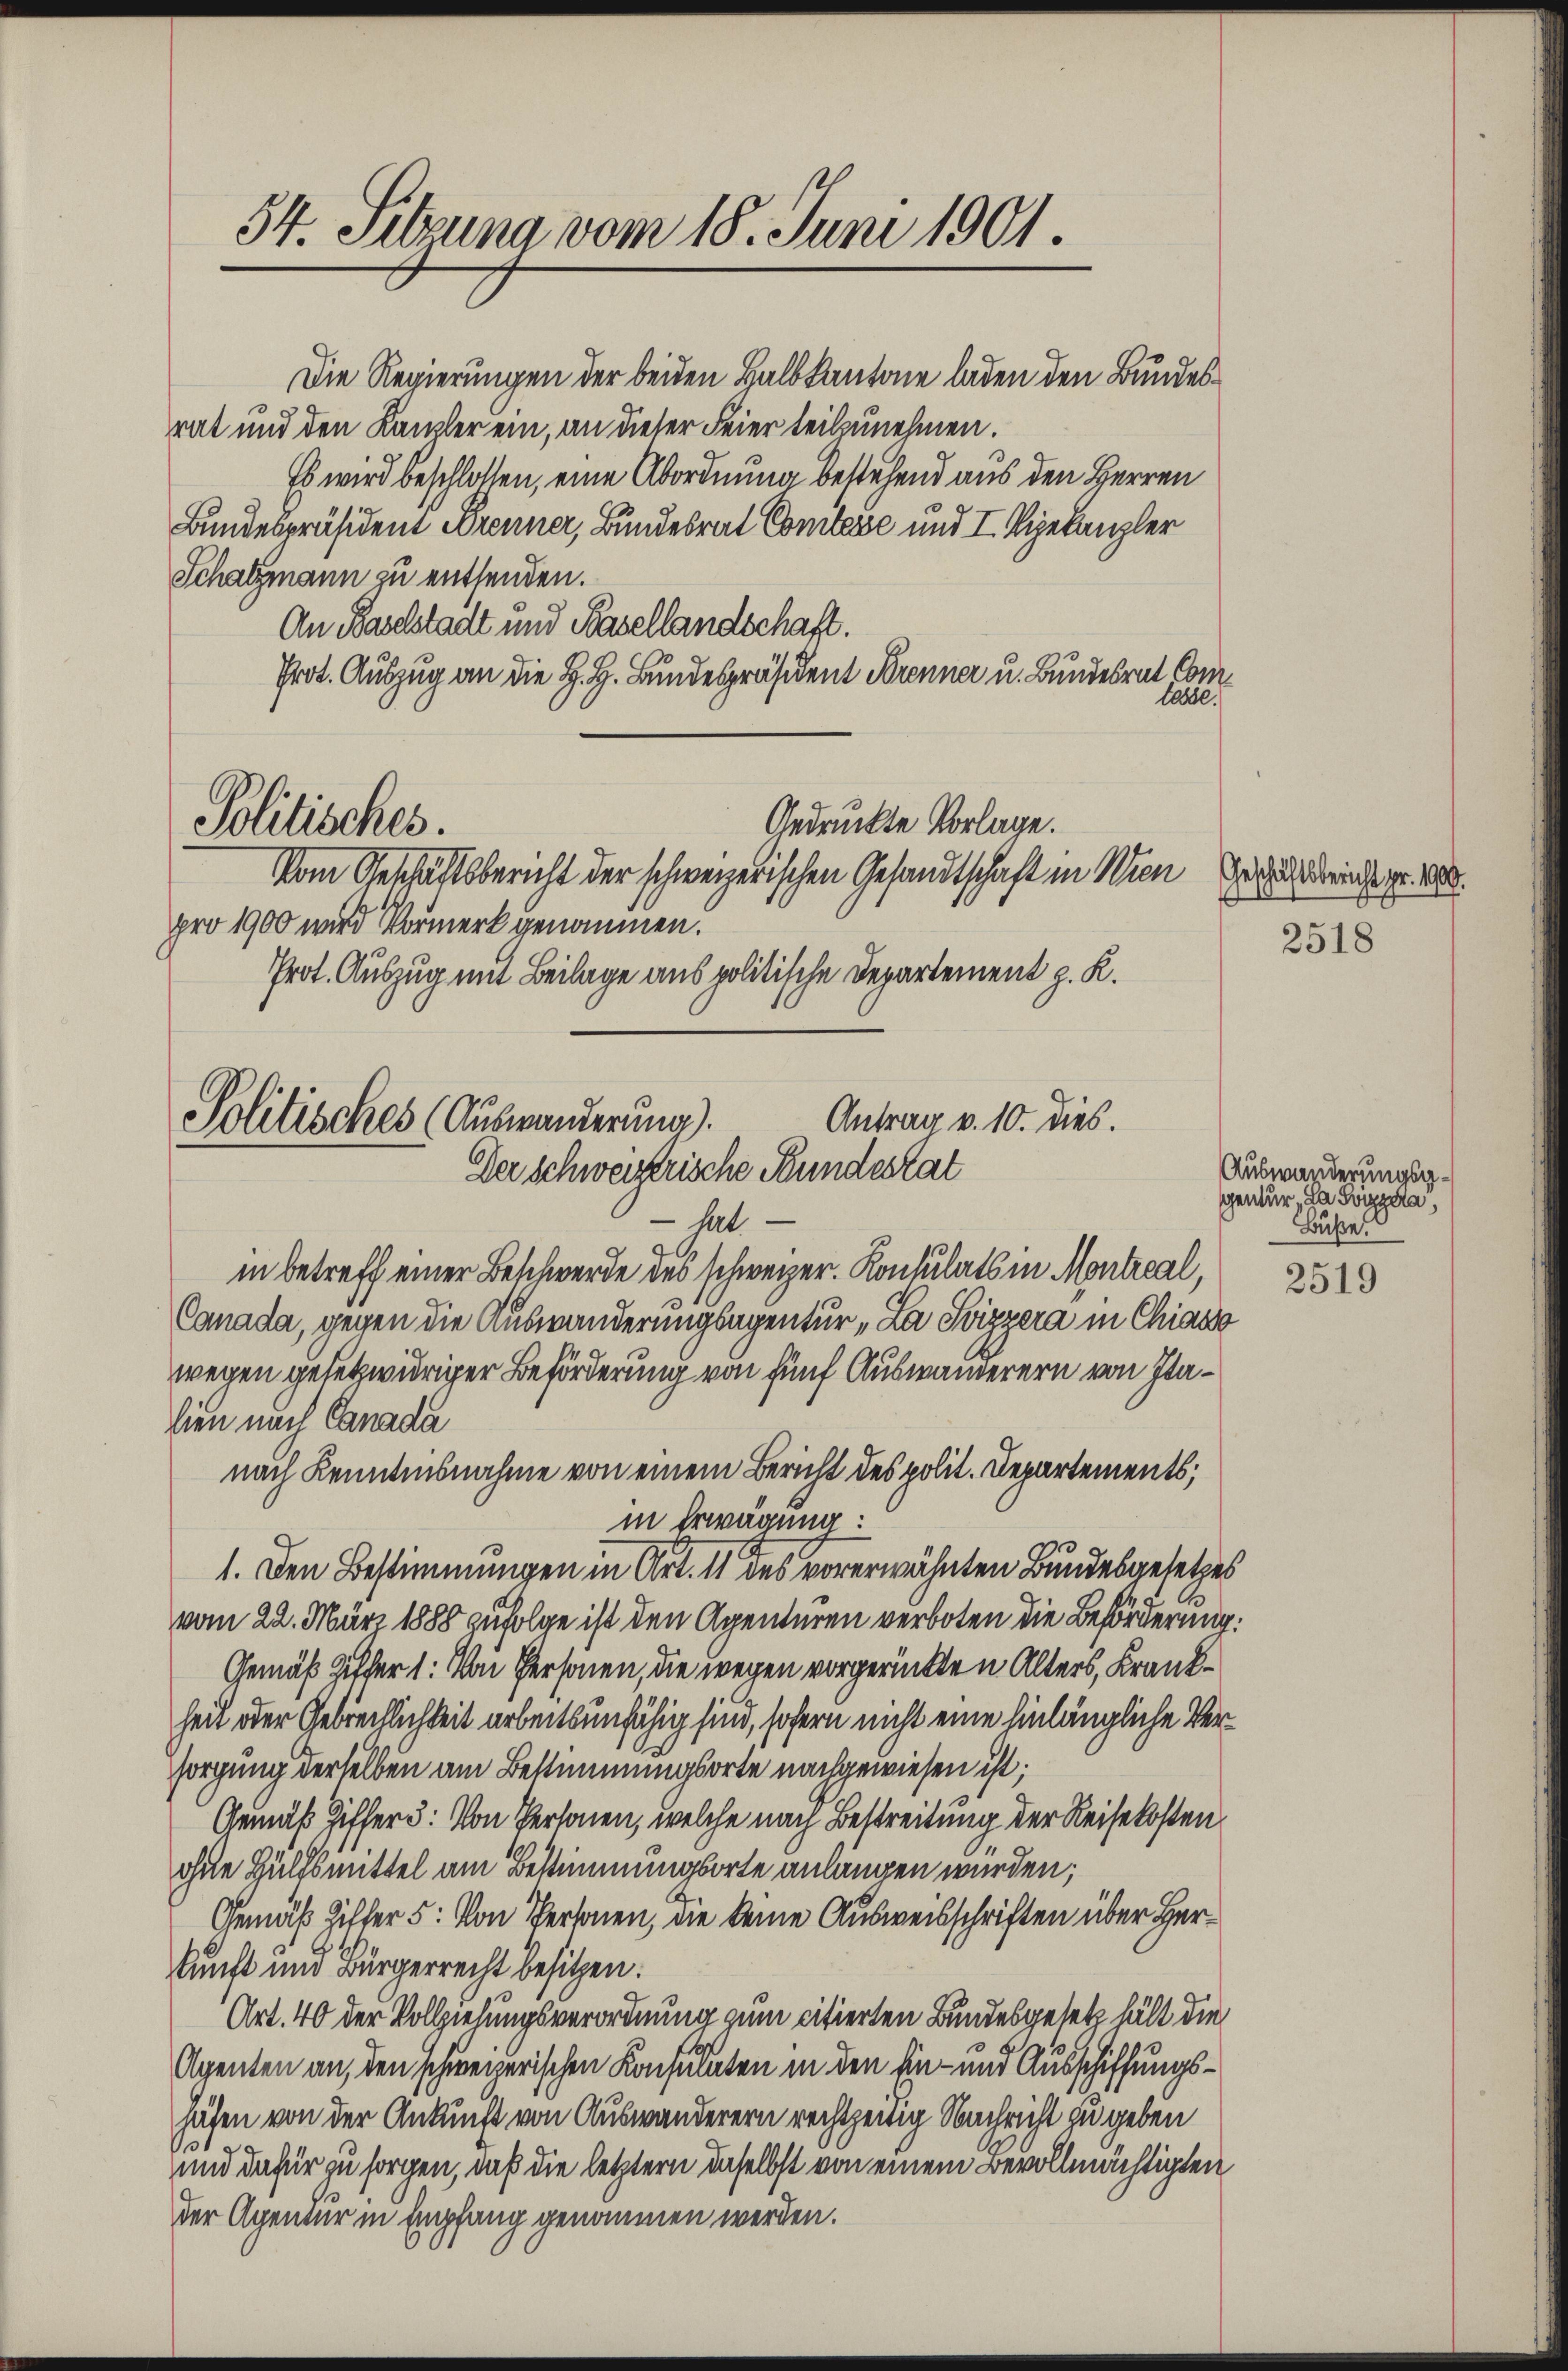
54. Sitzung vom 18. Juni 1901

Politisches.

Antrag v. 10. dies.
Politisches (Auswanderung).
Der schweizerische Stundestat

Die Regierungen der beiden Halbkantone laden den Bundesrat und den Kanzler ein, an dieser Feier teilzunehmen.
Es wird beschlossen, eine Abordnung bestehend aus den Herren
Bundespräsident Brenner, Bundesrat Comtesse und I Vizekanzler
Schatzmann zu entsenden.
An Baselstadt und Basellandschaft.
Prot. Auszug an die H. H. Bundespräsident Brenner u. Bundesrat Comlasse.
Vom Geschäftsbericht der schweizerischen Gesandtschaft in Wien auch reichsgr. 100.
pro 1900 wird Vormerk genommen.
Prot. Auszug mit Beilage aus politische Departement z. K.
hat
in betreff einer Beschwerde des schweizer. Konsulats in Montreal,
Canada, gegen die Auswanderungsagentur „La Svizzera in Chiasso
wegen gesetzwidriger Beförderung von fünf Auswanderern von Italien nach Canada
nach Kenntnisnahme von einem Bericht des polit. Departements;
in Erwägung:
1. Den Bestimmungen in Art. 11 des vorerwähnten Bundesgesetzes
vom 22. März 1888 zufolge ist den Agenturen verboten die Beförderung.
Gemäß Ziffer 1: Von Personen, die wegen vorgerückten Alters, Krankheit oder Gebrechlichkeit arbeitsunfähig sind, sofern nicht eine hinlängliche Versorgung derselben am Bestimmungsorte nachgewiesen ist;
Gemäß Ziffer 3. Von Personen, welche nach Bestreitung der Reisekosten
ohne Hülfsmittel am Bestimmungsorte anlangen wurden;
Gemäß Ziffer 5: Von Personen, die keine Ausweisschriften über Herkunft und Bürgerrecht besitzen:
Art. 40 der Vollziehungsverordnung zum citierten Bundesgesetz hält die
Agenten an, den schweizerischen Konsulaten in den Ein- und Ausschiffungshäten von der Ankunft von Auswanderern rechtzeitig Nachricht zu geben
o
und dafür zu sorgen, daß die letztern daselbst von einem Bevollmächtigten
der Agentur in Empfang genommen werden.

Gedruckte Vorlage.

2518

Auswanderungsggentur, da Svizyca,
Buße

2519